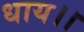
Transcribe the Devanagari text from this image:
धाय।।